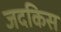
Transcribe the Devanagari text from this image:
जदकिस